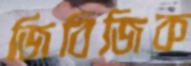
জিবিজিক